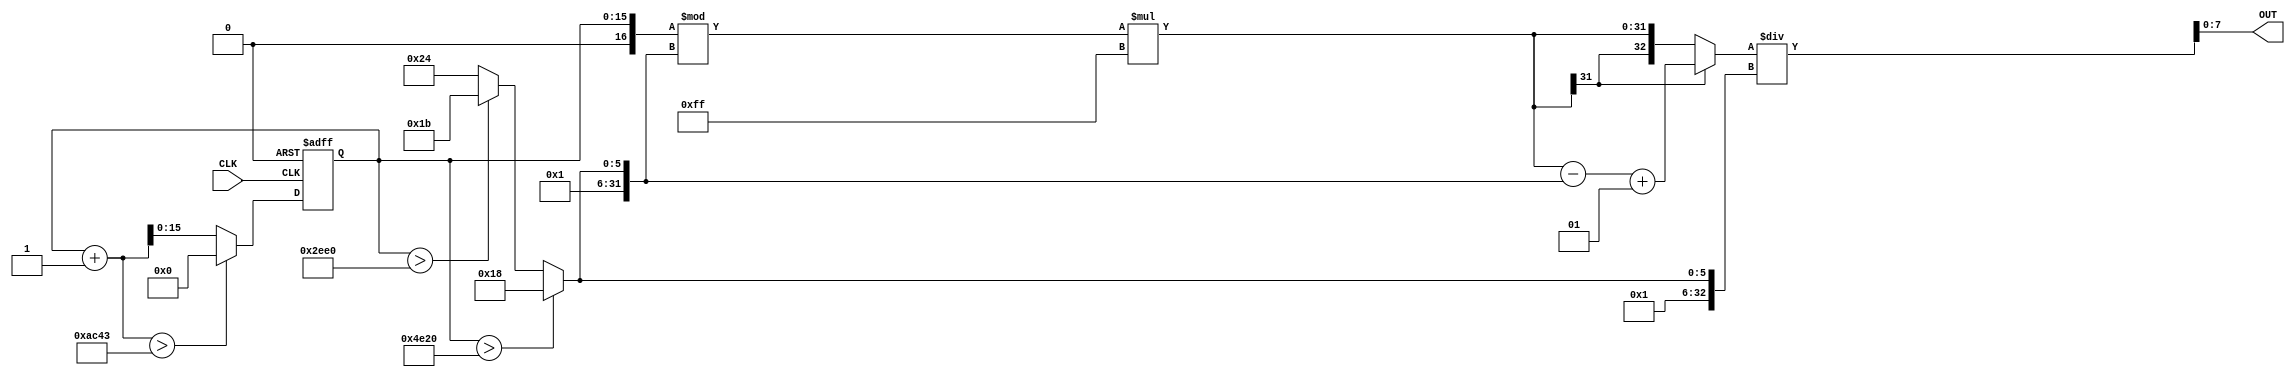
/* AUTOMATICALLY GENERATED VERILOG-2001 SOURCE CODE.
** GENERATED BY CLASH 1.8.1. DO NOT MODIFY.
*/
`default_nettype none
`timescale 100fs/100fs
module topEntity
    ( // Inputs
      input wire  CLK // clock


      // Outputs
    , output wire signed [7:0] OUT
    );
  wire  c$bindCsr;
  // SoundPlayer.hs:124:1-9
  reg [15:0] r = 16'd0;
  wire signed [31:0] c$app_arg;
  wire signed [31:0] c$app_arg_0;
  wire signed [63:0] c$app_arg_1;
  wire signed [63:0] result;
  wire signed [31:0] c$sawOsc_$jOut_app_arg;
  wire signed [31:0] c$sawOsc_$jOut_case_alt;
  wire [16:0] z;
  wire [15:0] result_0;
  wire signed [31:0] c$dividend;
  wire signed [31:0] c$dividend_0;

  // resetGen begin
  // pragma translate_off
  reg  rst;
  localparam reset_period = 226757360 - 10 + (1 * 226757360);
  `ifndef VERILATOR
  initial begin
    #1 rst =  1 ;
    #reset_period rst =  0 ;
  end
  `else
  always begin
    // The redundant (rst | ~ rst) is needed to ensure that this is
    // calculated in every cycle by verilator. Without it, the reset will stop
    // being updated and will be stuck as asserted forever.
    rst = $c("this->reset_gen(",reset_period,",true)") & (rst | ~ rst);
  end
  `systemc_interface
  CData reset_gen(vluint32_t reset_period, bool active_high) {
    static vluint32_t to_wait = reset_period;
    static CData reset = active_high ? 1 : 0;
    static bool finished = false;

    if(!finished) {
      if(to_wait == 0) {
        reset = reset == 0 ? 1 : 0;
        finished = true;
      }
      else {
        to_wait = to_wait - 1;
      }
    }

    return reset;
  }
  `verilog
  `endif
  assign c$bindCsr = rst;
  // pragma translate_on
  // resetGen end

  // register begin
  always @(posedge CLK or  posedge  c$bindCsr) begin : r_register
    if ( c$bindCsr) begin
      r <= 16'd0;
    end else begin
      r <= result_0;
    end
  end
  // register end

  assign OUT = $signed(result[0+:8]);

  assign c$dividend = (c$app_arg_0 * 32'sd255);

  // divSigned begin
  wire resultPos;
  wire dividerNeg;
  wire signed [32:0] dividend2;
  wire signed [32:0] dividendE;
  wire signed [32:0] dividerE;
  wire signed [32:0] quot_res;

  assign resultPos = c$dividend[32-1] == c$sawOsc_$jOut_app_arg[32-1];
  assign dividerNeg = c$sawOsc_$jOut_app_arg[32-1] == 1'b1;
  assign dividendE = $signed({{c$dividend[32-1]},c$dividend});  // sign extension
  assign dividerE = $signed({{c$sawOsc_$jOut_app_arg[32-1]} ,c$sawOsc_$jOut_app_arg} );  // sign extension

  assign dividend2 = resultPos ? dividendE
                           : (dividerNeg ? (dividendE - dividerE - 32'sd1)
                                      : (dividendE - dividerE + 32'sd1));

  assign quot_res = dividend2 / dividerE;
  assign c$app_arg = $signed(quot_res[32-1:0]);
  // divSigned end

  assign c$dividend_0 = ($signed(c$app_arg_1[0+:32]));

  // modSigned begin
  // remainder
  wire signed [31:0] rem_res;
  assign rem_res = c$dividend_0 % c$sawOsc_$jOut_app_arg;

  // modulo
  assign c$app_arg_0 = (c$dividend_0[32-1] == c$sawOsc_$jOut_app_arg[32-1]) ?
                   rem_res :
                   (rem_res == 32'sd0 ? 32'sd0 : rem_res + c$sawOsc_$jOut_app_arg);
  // modSigned end

  assign c$app_arg_1 = $unsigned({{(64-16) {1'b0}},r});

  assign result = $signed({{(64-32) {1'b0}},c$app_arg});

  assign c$sawOsc_$jOut_app_arg = (r > 16'd20000) ? 32'sd88 : c$sawOsc_$jOut_case_alt;

  assign c$sawOsc_$jOut_case_alt = (r > 16'd12000) ? 32'sd91 : 32'sd100;

  assign z = r + 16'd1;

  assign result_0 = (z > 17'd44099) ? 16'd0 : (z[0+:16]);


endmodule